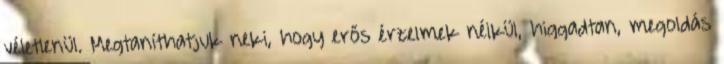
véletlenül. Megtaníthatjuk neki, hogy erős érzelmek nélkül, higgadtan, megoldás